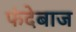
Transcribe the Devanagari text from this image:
फंदेबाज